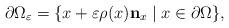
LaTeX: \begin{align*}\partial \Omega_\varepsilon=\{x+\varepsilon\rho(x)\mathbf{n}_x \mid x\in \partial \Omega\},\end{align*}